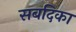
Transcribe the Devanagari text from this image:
सबदिका